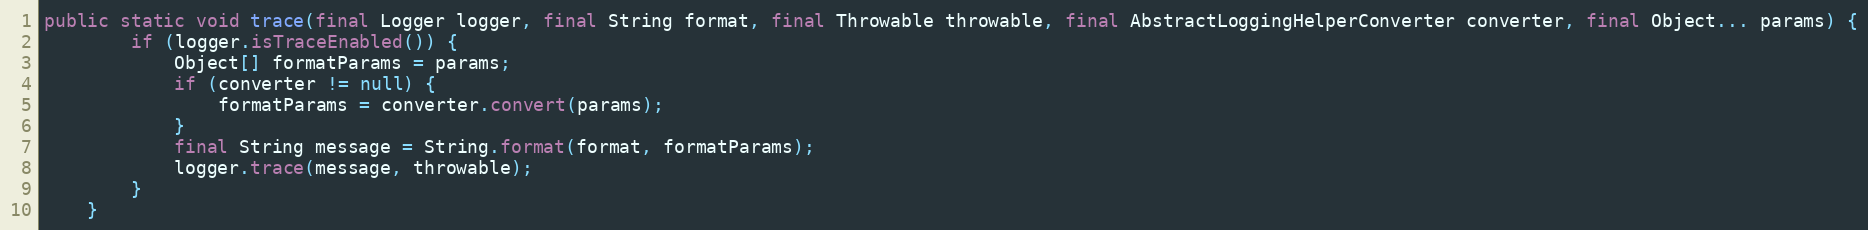
Language: Java
public static void trace(final Logger logger, final String format, final Throwable throwable, final AbstractLoggingHelperConverter converter, final Object... params) {
		if (logger.isTraceEnabled()) {
			Object[] formatParams = params;
			if (converter != null) {
				formatParams = converter.convert(params);
			}
			final String message = String.format(format, formatParams);
			logger.trace(message, throwable);
		}
	}